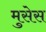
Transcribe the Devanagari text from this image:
मुसेस